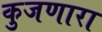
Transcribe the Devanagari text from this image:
कुजणारा